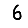
Digit: 6